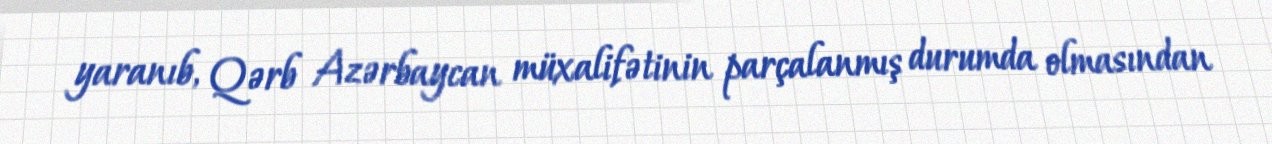
yaranıb, Qərb Azərbaycan müxalifətinin parçalanmış durumda olmasından